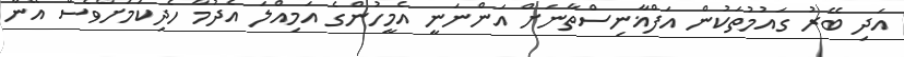
އަދި ބޭރު ގައުމުތަކުން އަފްޣާނިސްތާނަށް އަންނަނީ އެމީހުންގެ އަމިއްލަ އެދުމާ ހެދިކަމަށްވެސް އޭނާ